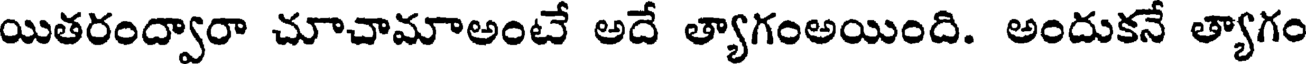
యితరంద్వారా చూచామాఅంటే అదే త్యాగంఅయింది. అందుకనే త్యాగం